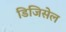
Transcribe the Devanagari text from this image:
डिजिसेल